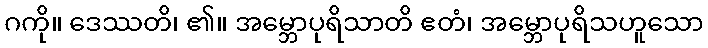
ဂကို။ ဒေဿတိ၊ ၏။ အမ္ဘောပုရိသာတိ ဧတံ၊ အမ္ဘောပုရိသဟူသော